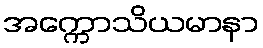
အက္ကောသိယမာနာ